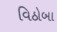
વિઠોબા